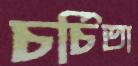
চর্চিতা